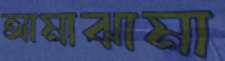
আমাঝামা